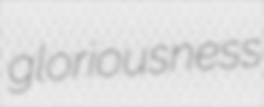
gloriousness